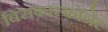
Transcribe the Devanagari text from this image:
बिसफ़ास्फ़ोनेट